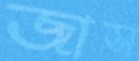
জাস